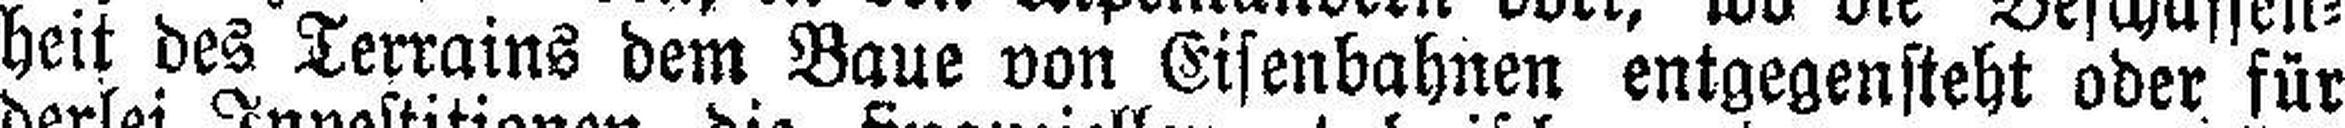
heit des Terrains dem Baue von Eisenbahnen entgegensteht oder für